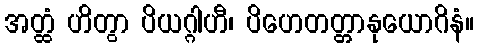
အတ္ထံ ဟိတွာ ပိယဂ္ဂါဟီ၊ ပိဟေတတ္တာနုယောဂိနံ။